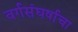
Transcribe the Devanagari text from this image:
वर्गसंघर्षाचा